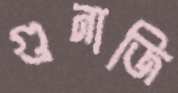
গুনাজি